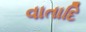
વાતાદિ